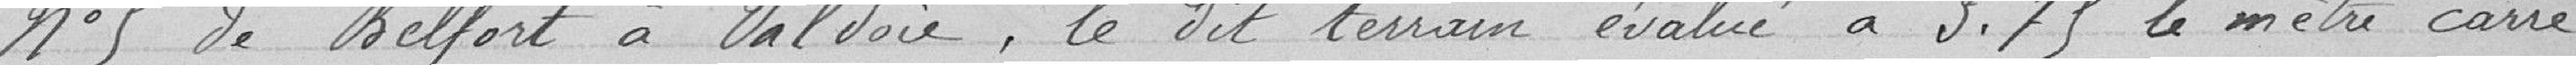
n°5 de Belfort à Valdoie, le dit terrain évalué à 3.75 le mètre carré